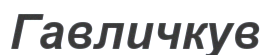
Гавличкув